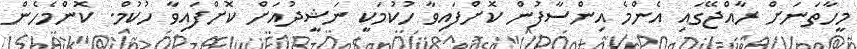
މީހާތަނަށް ރާއްޖޭގައި އެންމެ އިންސާފުން ކޮށްފައިވާ ހުކުމަކީ ނަޝީދުއަށް ކޮށްފައިވާ ހުކުމް. ކޮންމެހެން